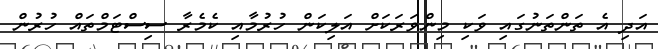
އަދި އެ ތަންތަނުގައި ވަކި މިންވަރަކަށް އަލިކަން ހުރުމާއި ކެމެރާ ސިސްޓަމްތައް ހުރުން